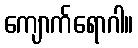
ကျောက်ရောဂါ။